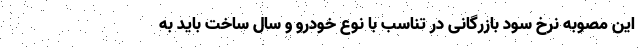
این مصوبه نرخ سود بازرگانی در تناسب با نوع خودرو و سال ساخت باید به